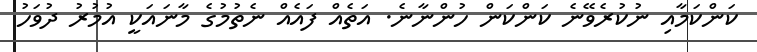
ކަންކަމާއި ނުކުރެވޭނެ ކަންކަން ހުންނާނެ. އަތެއް ފައެއް ނެތުމުގެ މާނައަކީ އުމުރު ދުވަހު